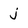
Character: j